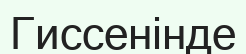
Гиссенінде